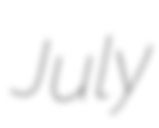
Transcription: July